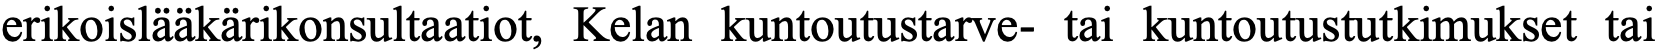
erikoislääkärikonsultaatiot, Kelan kuntoutustarve- tai kuntoutustutkimukset tai